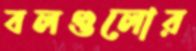
বলগুলোর